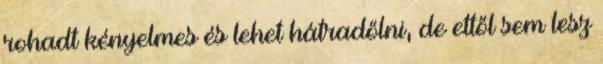
rohadt kényelmes és lehet hátradőlni, de ettől sem lesz